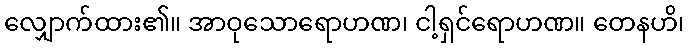
လျှောက်ထား၏။ အာဝုသောရောဟဏ၊ ငါ့ရှင်ရောဟဏ။ တေနဟိ၊